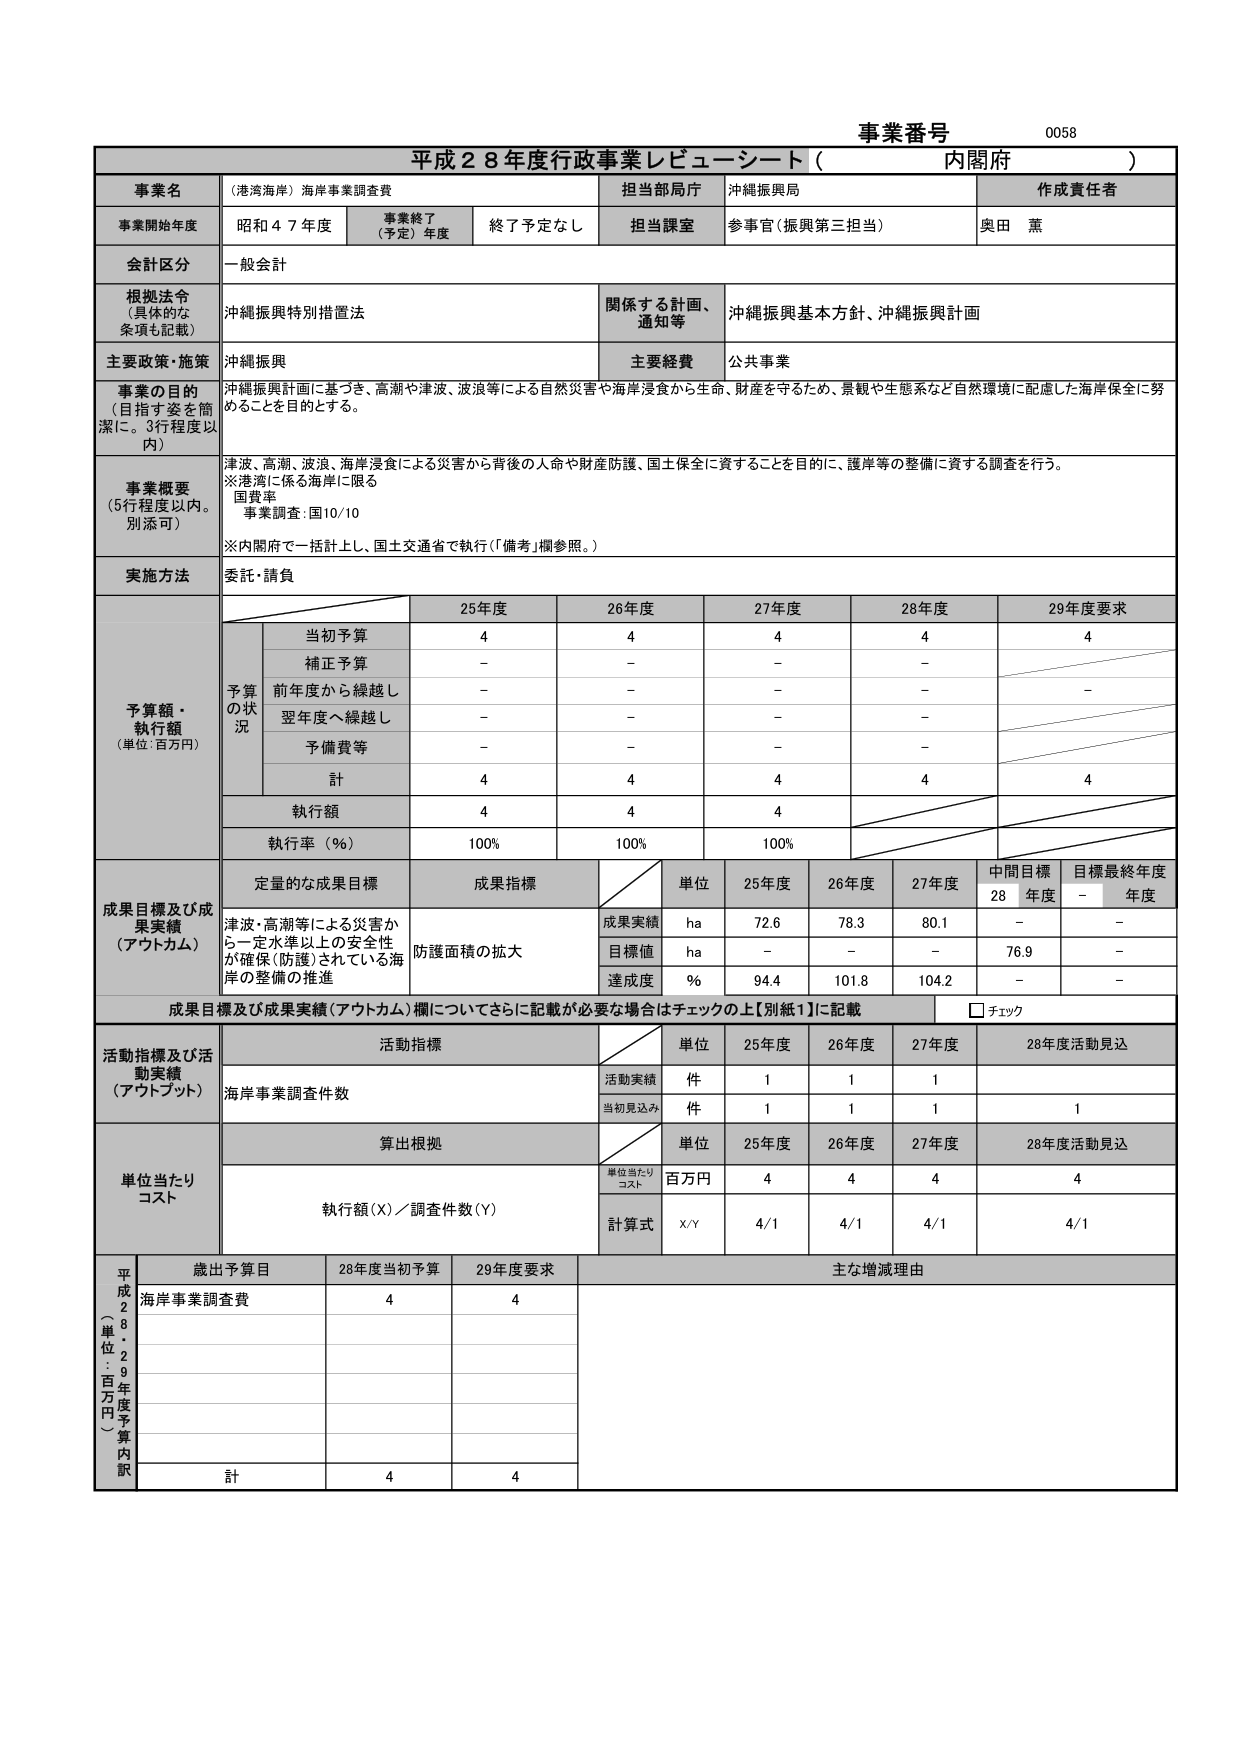
事業番号 0058
平成28年度行政事業レビュー・シート（内閣府）

事業名 （港湾海岸）海岸事業調査費
担当部局庁 沖縄振興局
作成責任者 奥田 薫

事業開始年度 昭和47年度
事業終了（予定）年度 終了予定なし
担当課室 参事官（振興第三担当）

会計区分 一般会計

根拠法令（具体的な条項も記載） 沖縄振興特別措置法
関係する計画、通知等 沖縄振興基本方針、沖縄振興計画

主要政策・施策 沖縄振興
主要経費 公共事業

事業の目的（目指す姿を簡潔に。3行程度以内）
沖縄振興計画に基づき、高潮や津波、波浪等による自然災害や海岸浸食から生命、財産を守るため、景観や生態系など自然環境に配慮した海岸保全に努めることを目的とする。

事業概要（5行程度以内。別添可）
津波、高潮、波浪、海岸浸食による災害から背後の人命や財産防護、国土保全に資することを目的に、護岸等の整備に資する調査を行う。
※港湾に係る海岸に限る
国費率 事業調査：国10/10
※内閣府で一括計上し、国土交通省で執行（「備考」欄参照。）

実施方法 委託・請負

予算額・執行額（単位：百万円）
予算の状況
25年度 26年度 27年度 28年度 29年度要求
当初予算 4 4 4 4 4
補正予算 - - - -
前年度から繰越し - - - - -
翌年度へ繰越し - - - -
予備費等 - - - -
計 4 4 4 4 4
執行額 4 4 4
執行率（％） 100% 100% 100%

成果目標及び成果実績（アウトカム）
定量的な成果目標 成果指標
単位 25年度 26年度 27年度 中間目標28年度 目標最終年度-年度
成果実績 ha 72.6 78.3 80.1 - -
目標値 ha - - - 76.9 -
達成度 % 94.4 101.8 104.2 - -
成果目標及び成果実績（アウトカム）欄についてさらに記載が必要な場合はチェックの上【別紙1】に記載 □チェック

活動指標及び活動実績（アウトプット）
活動指標
単位 25年度 26年度 27年度 28年度活動見込
海岸事業調査件数
活動実績 件 1 1 1
当初見込み 件 1 1 1 1

単位当たりコスト
算出根拠
単位当たりコスト
単位 25年度 26年度 27年度 28年度活動見込
百万円 4 4 4 4
執行額(X)／調査件数(Y)
計算式 X/Y 4/1 4/1 4/1 4/1

平成28年度予算内訳（単位：百万円）
歳出予算目 28年度当初予算 29年度要求 主な増減理由
海岸事業調査費 4 4
計 4 4